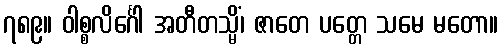
၇၈၉။ ဝါစ္စလိင်္ဂေါ အတီတသ္မိံ၊ ဇာတေ ပတ္တေ သမေ မတော။